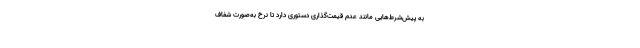
به پیش‌شرط‌هایی مانند عدم قیمت‌گذاری دستوری دارد تا نرخ به‌صورت شفاف